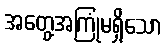
အတွေ့အကြုံမရှိသော